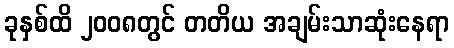
ခုနှစ်ထိ ၂၀၀၈တွင် တတိယ အချမ်းသာဆုံးနေရာ